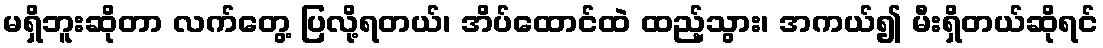
မရှိဘူးဆိုတာ လက်တွေ့ ပြလို့ရတယ်၊ အိပ်ထောင်ထဲ ထည့်သွား၊ အကယ်၍ မီးရှိတယ်ဆိုရင်